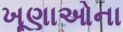
ખૂણાઓના